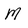
Character: M